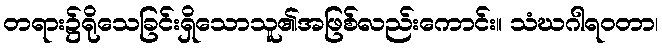
တရား၌ရိုသေခြင်းရှိသောသူ၏အဖြစ်လည်းကောင်း။ သံဃဂါရဝတာ၊